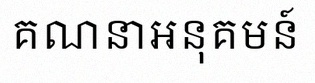
គណនាអនុគមន៍